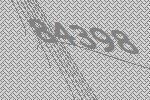
84398